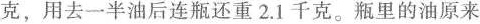
克，用去一半油后连瓶还重2.1千克。瓶里的油原来